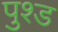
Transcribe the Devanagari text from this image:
पुश्ड